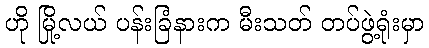
ဟို မြို့လယ် ပန်းခြံနားက မီးသတ် တပ်ဖွဲ့ရုံးမှာ